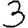
Digit: 3